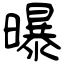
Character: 曝